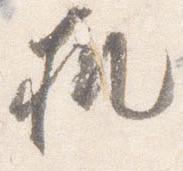
机